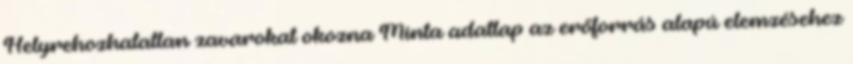
Helyrehozhatatlan zavarokat okozna Minta adatlap az erőforrás alapú elemzésehez